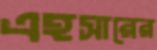
এহসারের